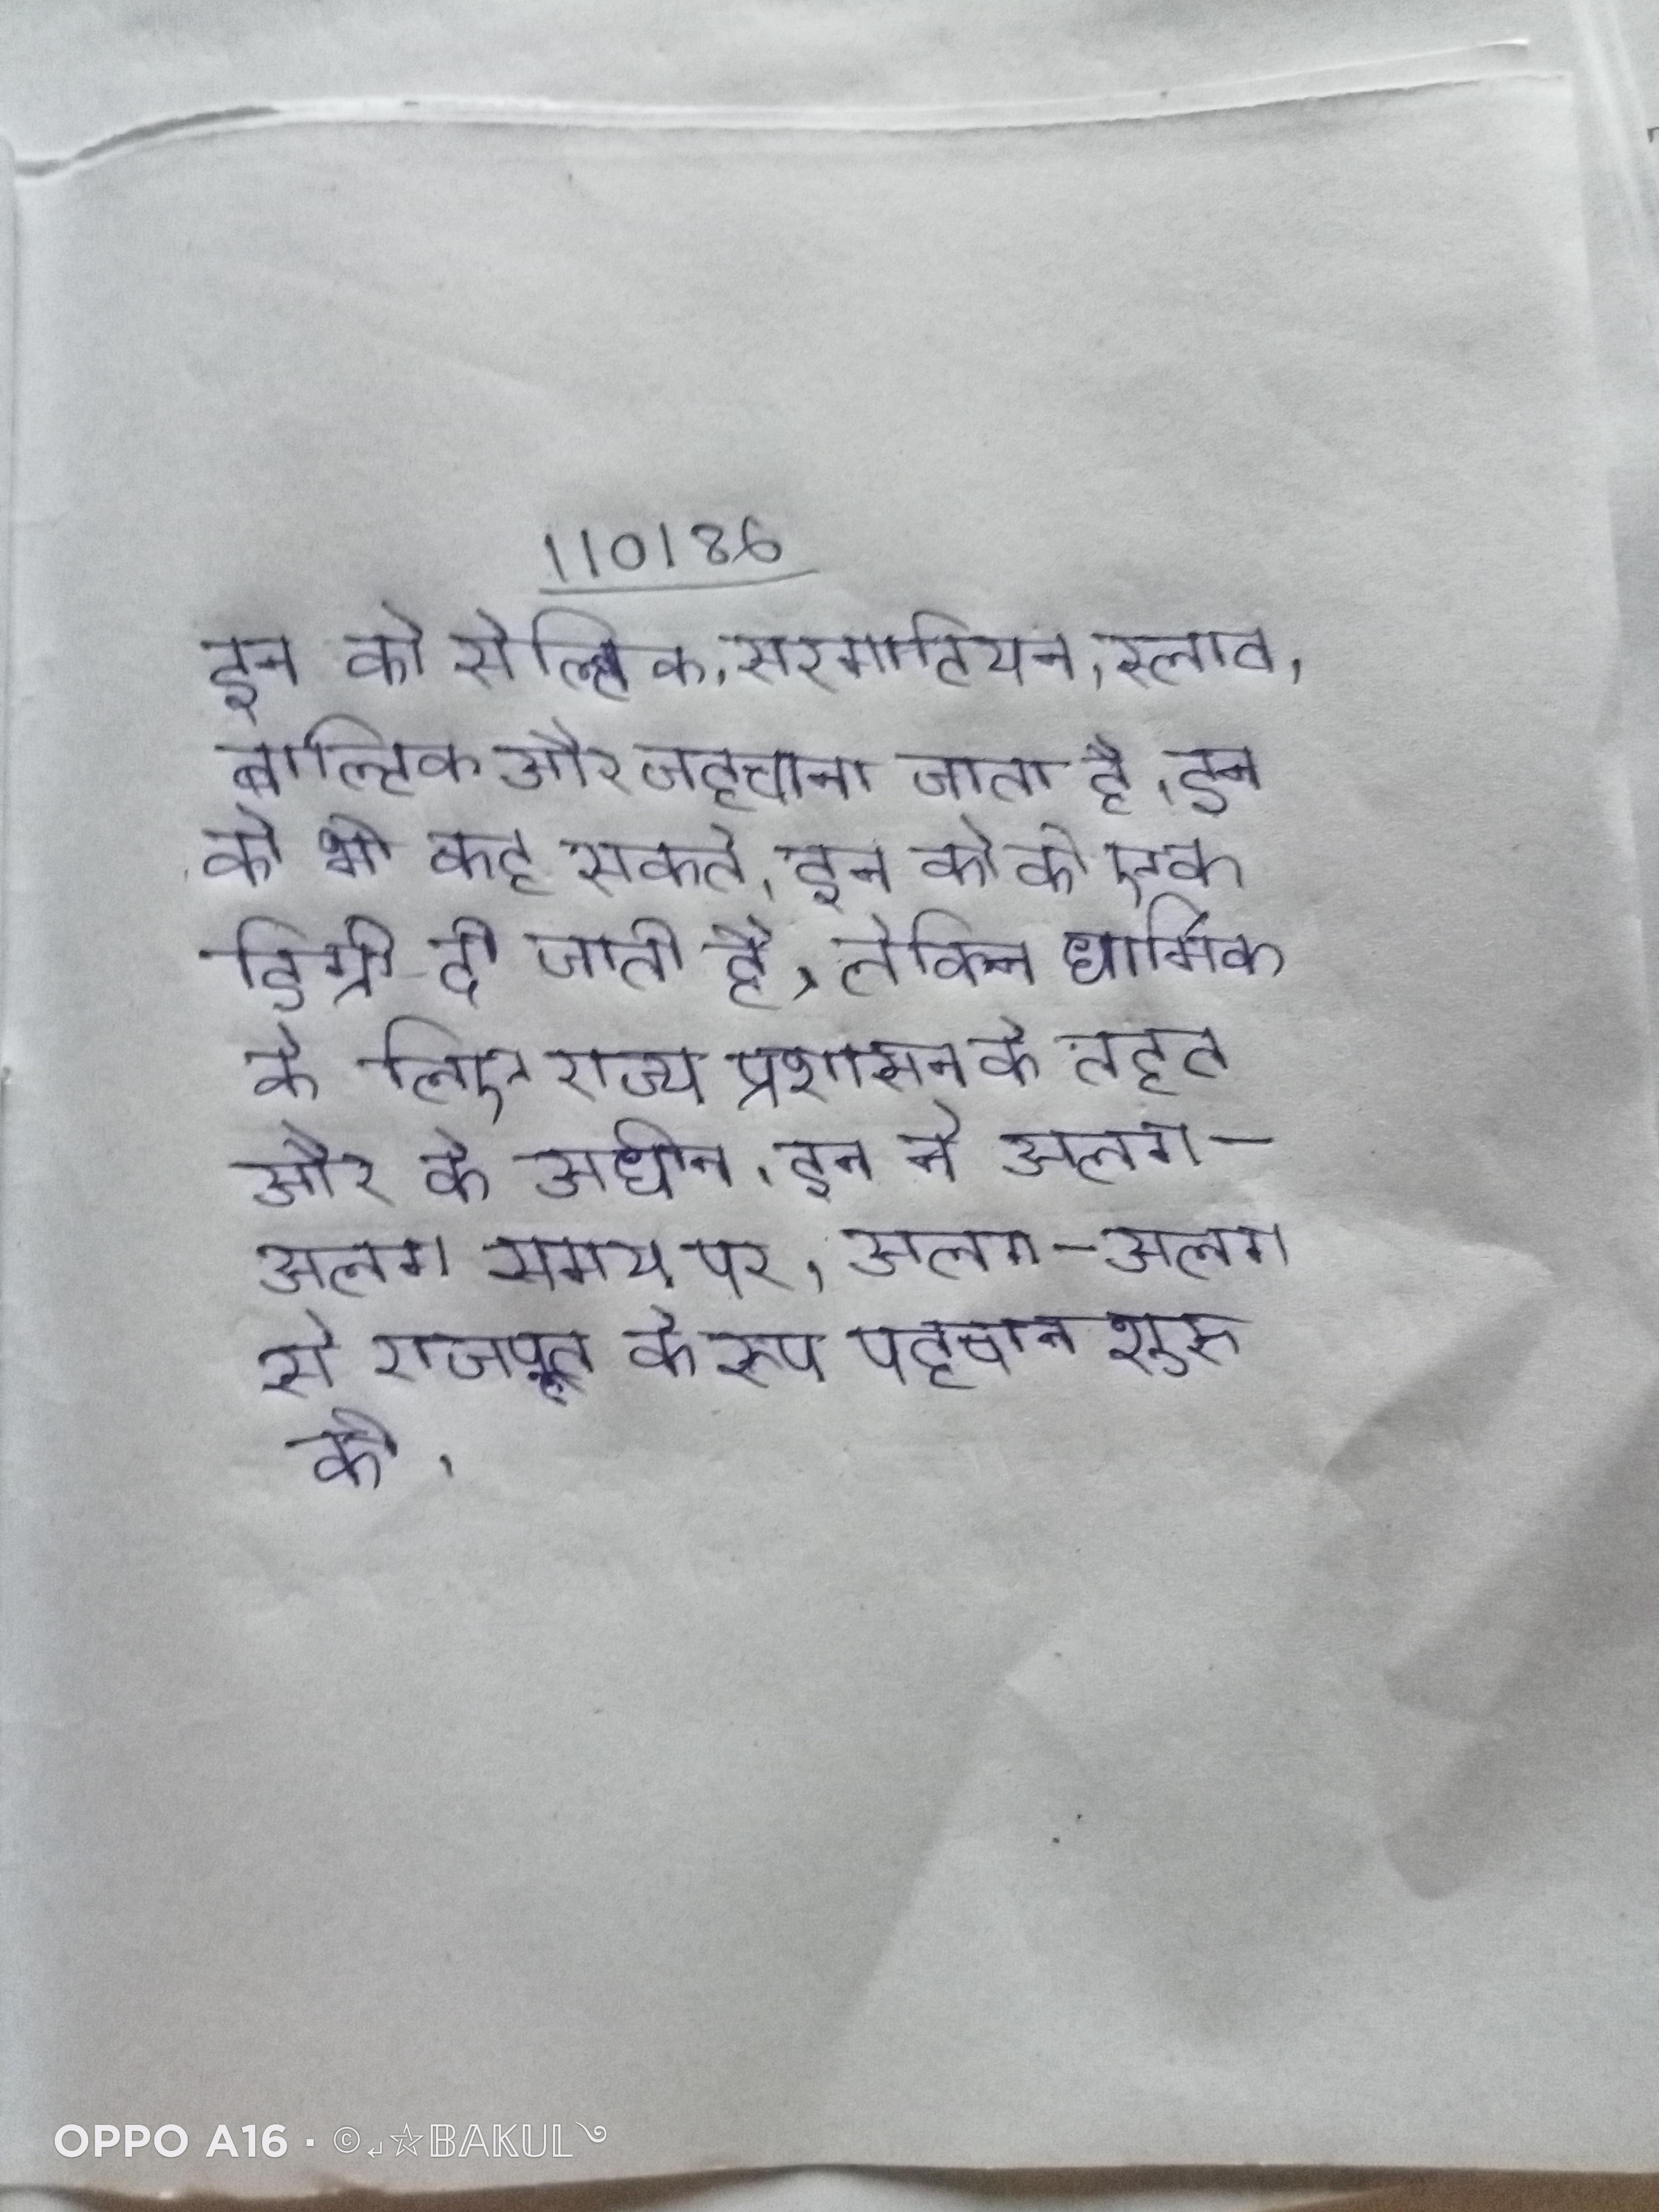
इन को सेल्टिक, सरमाटियन, स्लाव, बाल्टिक और जर्मनिक के रूप पहचाना जाता है । इन को भी कह सकते । इन को की एक डिग्री दी जाती है, लेकिन धार्मिक के लिए राज्य प्रशासन के तहत और के अधीन । इन ने अलग-अलग समय पर, अलग-अलग से राजपूत के रूप पहचान शुरू की ।